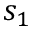
s _ { 1 }